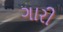
ગારી